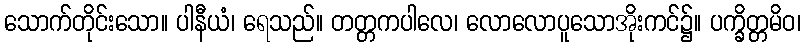
သောက်တိုင်းသော။ ပါနီယံ၊ ရေသည်။ တတ္တကပါလေ၊ လောလောပူသောအိုးကင်၌။ ပက္ခိတ္တမိဝ၊